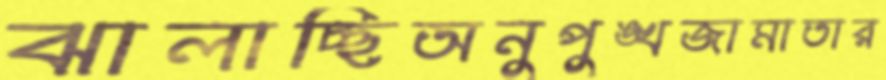
ঝালাচ্ছিঅনুপুঙ্খজামাতার